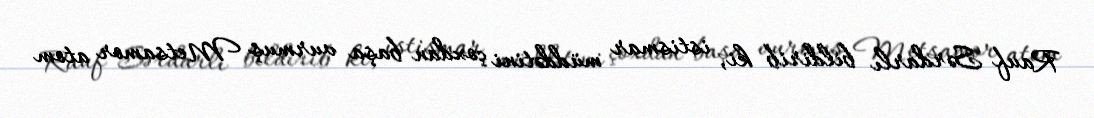
Rauf Sərdarlı bildirib ki, istismar müddətini çoxdan başa vurmuş Metsamor atom